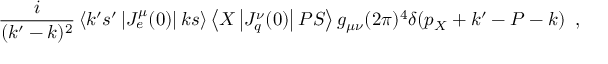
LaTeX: { \frac { i } { ( k ^ { \prime } - k ) ^ { 2 } } } \left\langle k ^ { \prime } s ^ { \prime } \left| J _ { e } ^ { \mu } ( 0 ) \right| k s \right\rangle \left\langle X \left| J _ { q } ^ { \nu } ( 0 ) \right| P S \right\rangle g _ { \mu \nu } ( 2 \pi ) ^ { 4 } \delta ( p _ { X } + k ^ { \prime } - P - k ) \; \; ,